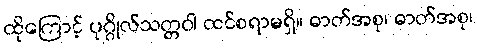
ထိုကြောင့် ပုဂ္ဂိုလ်သတ္တဝါ ထင်စရာမရှိ။ ဓာတ်အစု၊ ဓာတ်အစု၊